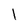
Character: l